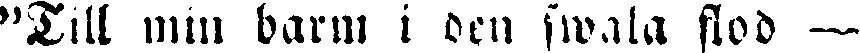
"Till min barm i Den swala flod —